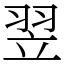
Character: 翌